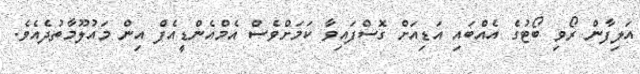
އަލިފާން ރޯވި ބޯޓުގެ އެއްބައި އަޑިއަށް ގޮސްފައިވާ ކަމަށްވެސް އެމްްއެންޑީއެފް އިން މައުލޫމާތުދެއެވެ.